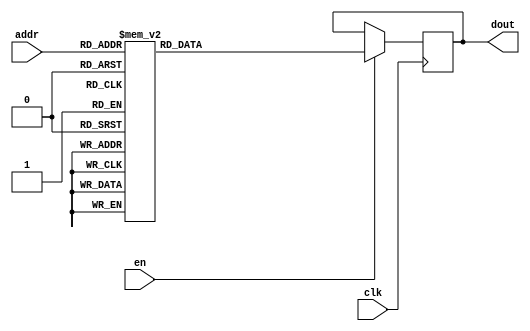
module DC_7_REF_ROM_1(
// inputs
clk,
en,
addr,
// outputs
dout
);
localparam ROM_WID = 14;
localparam ROM_DEP = 32;
localparam ROM_ADDR = 5;
// input definition
input clk;
input en;
input [ROM_ADDR-1:0] addr;
// output definition
output [ROM_WID-1:0] dout;
reg [ROM_WID-1:0] data;
always @(posedge clk)
begin
if (en) begin
case(addr)
		5'd0: data <= 14'b01001101111101;
		5'd1: data <= 14'b01001001001101;
		5'd2: data <= 14'b01001001001111;
		5'd3: data <= 14'b01000110111010;
		5'd4: data <= 14'b01001001011001;
		5'd5: data <= 14'b01001011111100;
		5'd6: data <= 14'b01001001010001;
		5'd7: data <= 14'b01001101010110;
		5'd8: data <= 14'b01001010011010;
		5'd9: data <= 14'b01001011000101;
		5'd10: data <= 14'b01001000111101;
		5'd11: data <= 14'b01001001110001;
		5'd12: data <= 14'b01001011000000;
		5'd13: data <= 14'b01001101011110;
		5'd14: data <= 14'b01001011100111;
		5'd15: data <= 14'b01001010101000;
		5'd16: data <= 14'b01001101100110;
		5'd17: data <= 14'b01001010110001;
		5'd18: data <= 14'b01001110010000;
		5'd19: data <= 14'b01001001001001;
		5'd20: data <= 14'b01001101110100;
		5'd21: data <= 14'b01001010110001;
		5'd22: data <= 14'b01000111001010;
		5'd23: data <= 14'b01001100011010;
		5'd24: data <= 14'b01001011000010;
		5'd25: data <= 14'b01001001010100;
		5'd26: data <= 14'b01001100111100;
		5'd27: data <= 14'b01010000101110;
		5'd28: data <= 14'b01001010101111;
		5'd29: data <= 14'b01001000011111;
		5'd30: data <= 14'b01001100000010;
		5'd31: data <= 14'b01001000100010;
		endcase
		end
	end
	assign dout = data;
endmodule